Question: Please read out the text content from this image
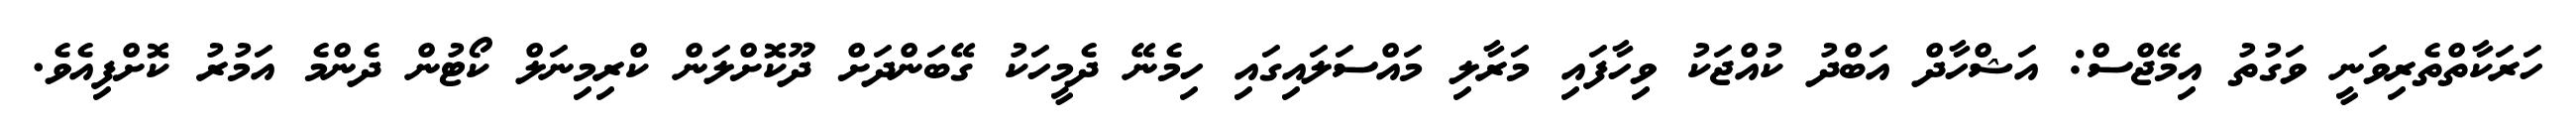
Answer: ހަރަކާތްތެރިވަނީ ވަގުތު އިމޭޖްސް: އަޝްހާދް އަބްދު ކުއްޖަކު ވިހާފައި މަރާލި މައްސަލައިގައި ހިމެނޭ ދެމީހަކު ގޭބަންދަށް ދޫކޮށްލަން ކްރިމިނަލް ކޯޓުން ދެންމެ އަމުރު ކޮށްފިއެވެ.